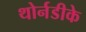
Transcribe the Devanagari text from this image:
थोर्नडीके